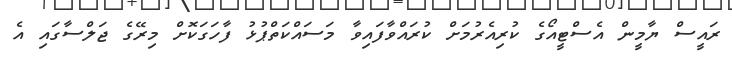
ރައީސް ޔާމީން އެސްޓީއޯގެ ކުރިއެރުމަށް ކުރައްވާފައިވާ މަސައްކަތްޕުޅު ފާހަގަކޮށް މިރޭގެ ޖަލްސާގައި އެ